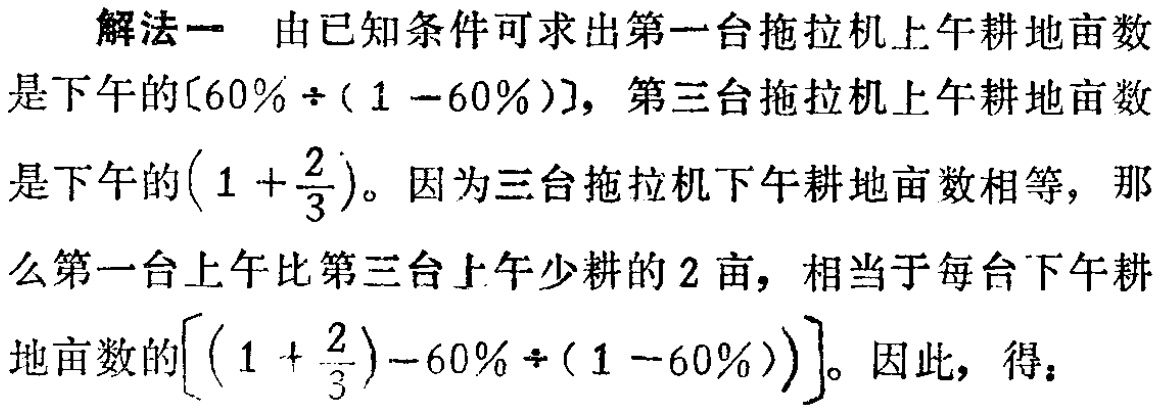
解法一 由已知条件可求出第一台拖拉机上午耕地亩数

是下午的\([60\% \div (1 - 60\%)]\)，第三台拖拉机上午耕地亩数

是下午的\((1 + \frac{2}{3})\)。因为三台拖拉机下午耕地亩数相等，那

么第一台上午比第三台上午少耕的2亩，相当于每台下午耕

地亩数的\([(1 + \frac{2}{3}) - 60\% \div (1 - 60\%)]\)。因此，得：